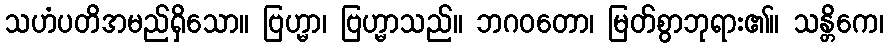
သဟံပတိအမည်ရှိသော။ ဗြဟ္မာ၊ ဗြဟ္မာသည်။ ဘဂဝတော၊ မြတ်စွာဘုရား၏။ သန္တိကေ၊